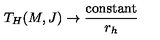
T _ { H } ( M , J ) \rightarrow \frac { \mathrm { c o n s t a n t } } { r _ { h } }